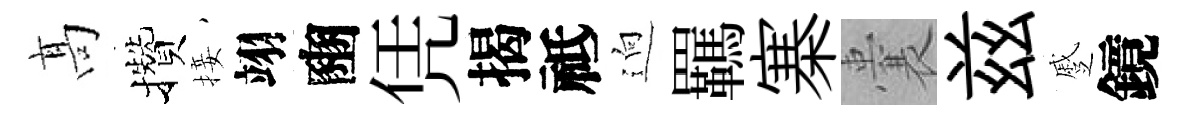
髙攢接翊豳凭揭祗逈羈寨囊兹蹙鏡